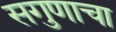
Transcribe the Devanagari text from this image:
सगुणाचा